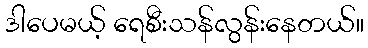
ဒါပေမယ့် ရေစီးသန်လွန်းနေတယ်။